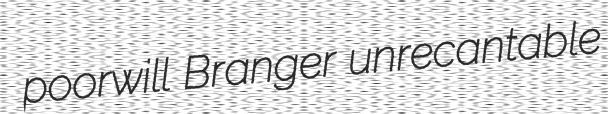
poorwill Branger unrecantable